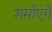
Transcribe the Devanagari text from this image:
शर्माएंगे